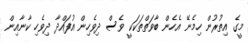
މީގެ އިތުރުން ހިމެނޭ އެހެން ބާވަތްތަކަކީ ވެސް ދިވެހިން އުފައްދާ ދިވެހި ކާނާއިން